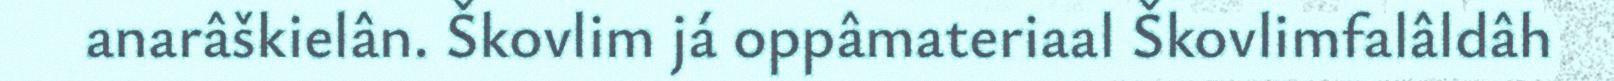
anarâškielân. Škovlim já oppâmateriaal Škovlimfalâldâh